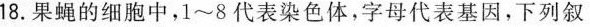
18.果蝇的细胞中，1~8代表染色体，字母代表基因，下列叙